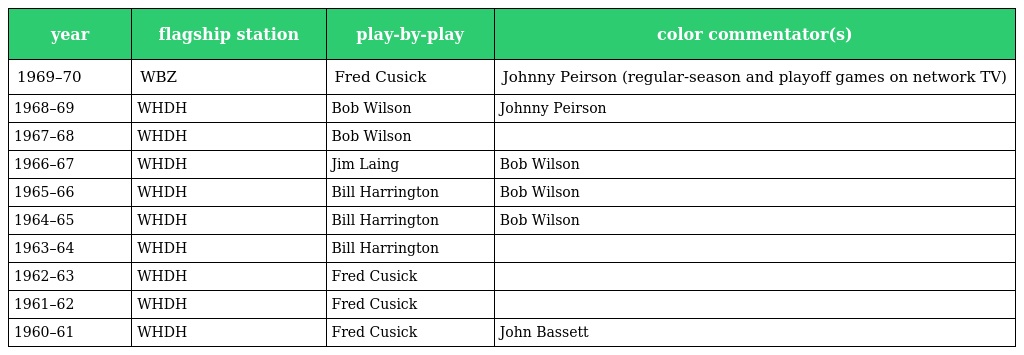
| year | flagship station | play-by-play | color commentator(s) |
 | --- | --- | --- | --- |
 | 1969–70 | WBZ | Fred Cusick | Johnny Peirson (regular-season and playoff games on network TV) |
 | 1968–69 | WHDH | Bob Wilson | Johnny Peirson |
 | 1967–68 | WHDH | Bob Wilson |  |
 | 1966–67 | WHDH | Jim Laing | Bob Wilson |
 | 1965–66 | WHDH | Bill Harrington | Bob Wilson |
 | 1964–65 | WHDH | Bill Harrington | Bob Wilson |
 | 1963–64 | WHDH | Bill Harrington |  |
 | 1962–63 | WHDH | Fred Cusick |  |
 | 1961–62 | WHDH | Fred Cusick |  |
 | 1960–61 | WHDH | Fred Cusick | John Bassett |